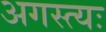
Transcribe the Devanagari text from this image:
अगस्त्यः